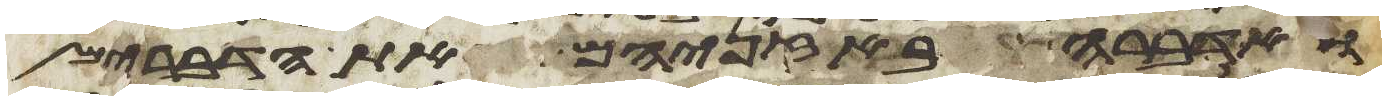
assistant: ואדברה באזניהם את הדברים